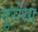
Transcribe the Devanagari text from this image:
गुरोरग्र